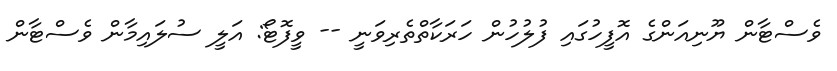
ވެސްޓާން ޔޫނިއަންގެ އޮފީހުގައި ފުލުހުން ހަރަކާތްތެރިވަނީ -- ވީފޮޓޯ: އަލީ ސުލައިމާން ވެސްޓާން